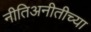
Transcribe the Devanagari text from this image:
नीतिअनीतीच्या